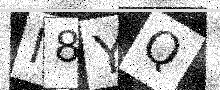
Text: I8YQ